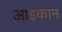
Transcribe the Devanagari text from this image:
आइकान